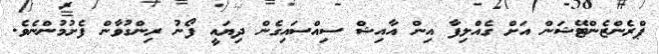
ޕްރެންޒެންޓޭޝަން އަށް ގެއްލިފާ އިން އާއިޝް ސިއްސައިގެން ދިޔައީ ފޯނު ރިންގުވާން ފެށުމުންނެވެ.